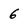
Character: 6